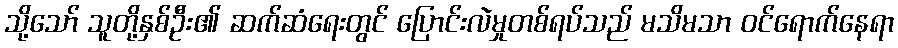
သို့သော် သူတို့နှစ်ဦး၏ ဆက်ဆံရေးတွင် ပြောင်းလဲမှုတစ်ရပ်သည် မသိမသာ ဝင်ရောက်နေရာ